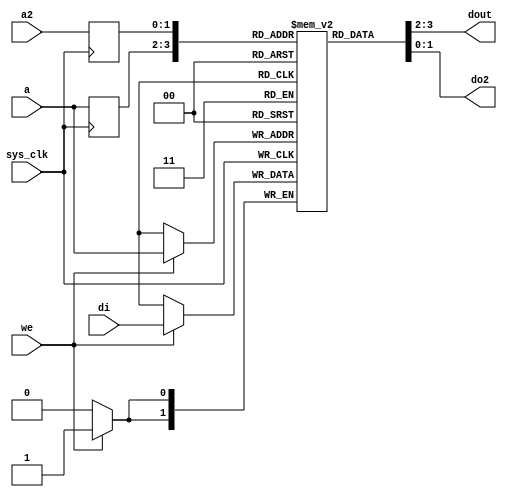
/*
 * Milkymist SoC
 * Copyright (C) 2007, 2008, 2009, 2010 Sebastien Bourdeauducq
 * adjusted to FML 8x16 by Zeus Gomez Marmolejo <zeus@aluzina.org>
 * updated to include Direct Cache Bus by Charley Picker <charleypicker@yahoo.com>
 *
 * This program is free software: you can redistribute it and/or modify
 * it under the terms of the GNU General Public License as published by
 * the Free Software Foundation, version 3 of the License.
 *
 * This program is distributed in the hope that it will be useful,
 * but WITHOUT ANY WARRANTY; without even the implied warranty of
 * MERCHANTABILITY or FITNESS FOR A PARTICULAR PURPOSE.  See the
 * GNU General Public License for more details.
 *
 * You should have received a copy of the GNU General Public License
 * along with this program.  If not, see <http://www.gnu.org/licenses/>.
 */

module fmlbrg_tagmem #(
	parameter depth = 2,
	parameter width = 2
) (
	input sys_clk,

	/* Primary port (read-write) */
	input [depth-1:0] a,
	input we,
	input [width-1:0] di,
	output [width-1:0] dout,

	/* Secondary port (read-only) */
	input [depth-1:0] a2,
	output [width-1:0] do2
);

reg [width-1:0] tags[0:(1 << depth)-1];

reg [depth-1:0] a_r;
reg [depth-1:0] a2_r;

always @(posedge sys_clk) begin
	a_r <= a;
	a2_r <= a2;
end

always @(posedge sys_clk) begin
	if(we)
		tags[a] <= di;
end

assign dout = tags[a_r];
assign do2 = tags[a2_r];

// synthesis translate_off
integer i;
initial begin
	for(i=0;i<(1 << depth);i=i+1)
		tags[i] = 0;
end
// synthesis translate_on

endmodule